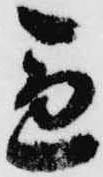
急